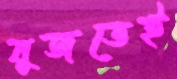
বুজতেই